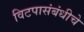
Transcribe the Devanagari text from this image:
विटपासंबंधीचे